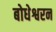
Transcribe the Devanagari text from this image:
बोधेश्वरन